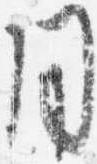
同